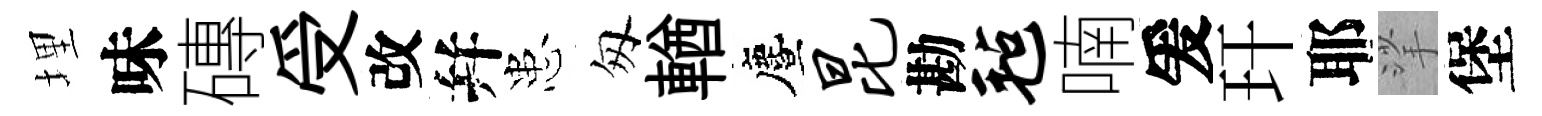
埋味磚受改幷患匆輶󵨌昆勘毡喃爰玕耶挲堡